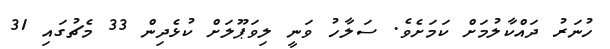
ހުނަރު ދައްކާލުމަށް ކަމަށެވެ. ސަލާހު ވަނީ ލިވަޕޫލަށް ކުޅެދިން 33 މެޗުގައި 31